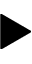
\blacktriangleright